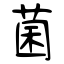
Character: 菌